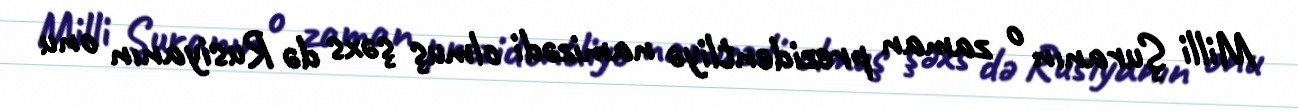
Milli Şuranın o zaman prezidentliyə namizədi olmuş şəxs də Rusiyanın onu